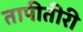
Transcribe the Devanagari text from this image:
तापीतीरी